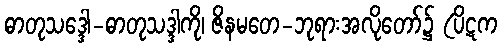
ဓာတုသဒ္ဒေါ-ဓာတုသဒ္ဒါကို၊ ဇိနမတေ-ဘုရားအလိုတော်၌ (ပိဋက